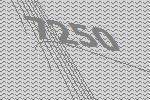
7250